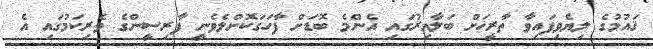
ޤައުމުގެ ލިޔެވިފައިވާ ތާރީޚަށް ބަލާއިރުގައި އެެންމެ ބޮޑަށް ފާހަގަކޮށްލެވެނީ ފާރިސީންގެ ވެރިކަމުގައި އެ